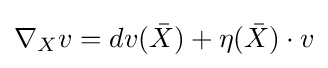
\nabla _{X}v=dv({\bar {X}})+\eta ({\bar {X}})\cdot v